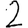
Digit: 2